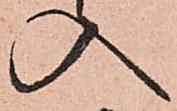
入